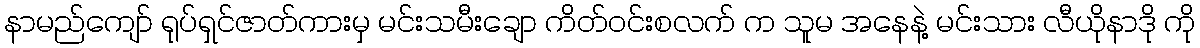
နာမည်ကျော် ရုပ်ရှင်ဇာတ်ကားမှ မင်းသမီးချော ကိတ်ဝင်းစလက် က သူမ အနေနဲ့ မင်းသား လီယိုနာဒို ကို